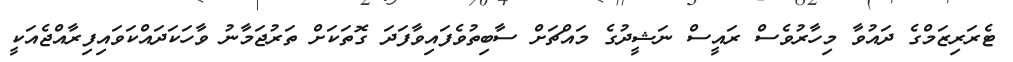
ޓެރަރިޒަމްގެ ދައުވާ މިހާރުވެސް ރައީސް ނަޝީދުގެ މައްޗަށް ސާބިތުވެފައިވާފަދަ ގޮތަކަށް ތަރުޖަމާނު ވާހަކަދައްކަވައިފިރާއްޖެއަކީ